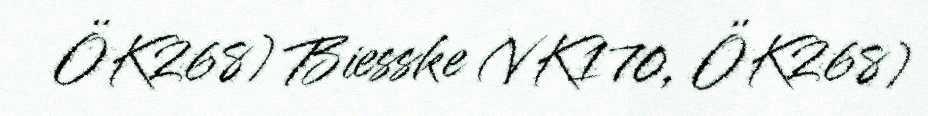
ÖK268) Biesske (VK170, ÖK268)